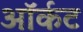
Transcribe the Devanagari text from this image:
ऑर्कट